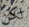
لكن